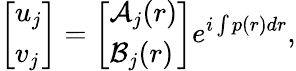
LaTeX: \left[\begin{array}{l}{u_{j}}\\ {v_{j}}\end{array}\right]=\left[\begin{array}{l}{\mathcal{A}_{j}(r)}\\ {\mathcal{B}_{j}(r)}\end{array}\right]e^{i\int p(r)dr},